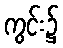
ကွင်း၌